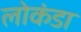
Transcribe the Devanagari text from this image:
लोकंडा